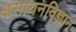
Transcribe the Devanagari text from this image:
क्ष्रसायनविज्ञान